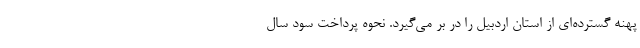
پهنه گسترده‌ای از استان اردبیل را در بر می‌گیرد. نحوه پرداخت سود سال